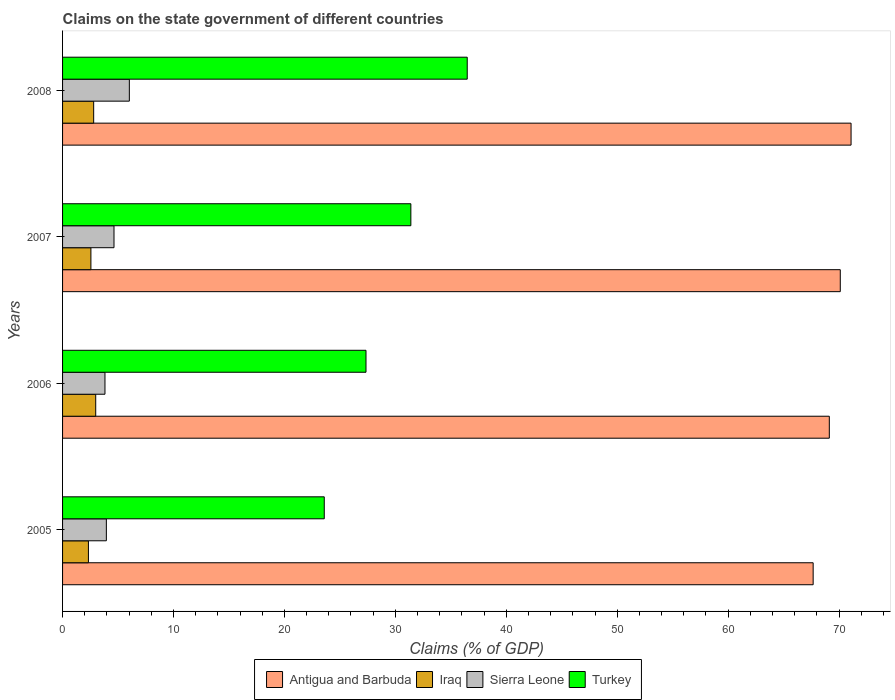
| Years | Antigua and Barbuda | Iraq | Sierra Leone | Turkey |
 | --- | --- | --- | --- | --- |
 | 2005 | 67.7 | 2.33 | 3.95 | 23.6 |
 | 2006 | 69.1 | 2.99 | 3.82 | 27.4 |
 | 2007 | 70.1 | 2.55 | 4.64 | 31.4 |
 | 2008 | 71.1 | 2.8 | 6.02 | 36.5 |